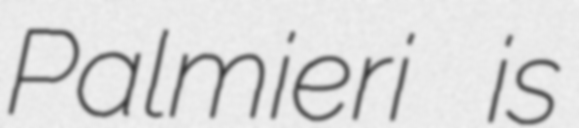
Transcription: Palmieri is